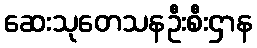
ဆေးသုတေသနဦးစီးဌာန